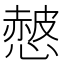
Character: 𢠱